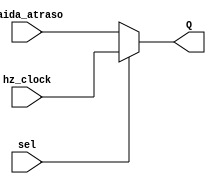
module mux(input wire sel, saida_atraso, hz_clock,
                output reg Q);

    always@*
    if(sel == 0)
        begin
            Q = saida_atraso;
        end
    else
        Q = hz_clock;
endmodule